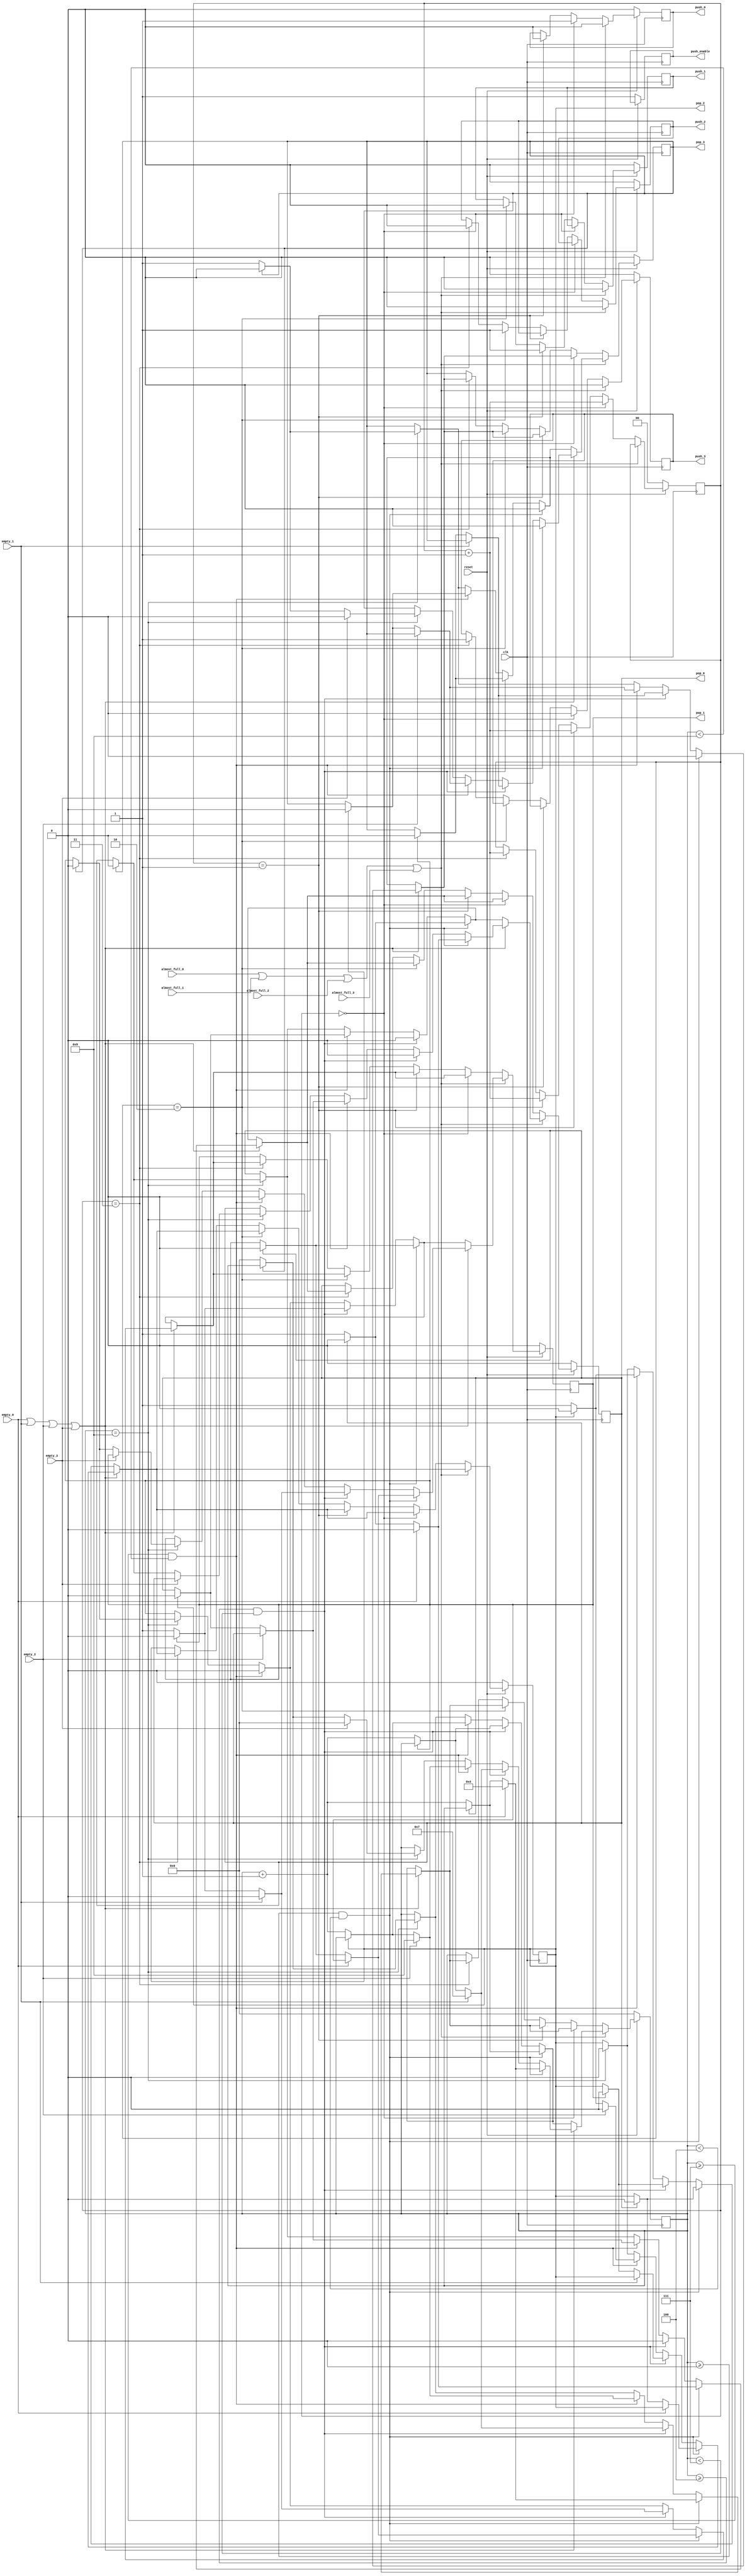



module referee_1 (
    output reg push_0, push_1, push_2, push_3,
    output reg pop_0, pop_1, pop_2, pop_3,
    output reg push_enable,
    //output reg [11:0] data_out,
    //input [11:0] data_in, 
    input almost_full_0, almost_full_1, almost_full_2, almost_full_3,
    input empty_0, empty_1, empty_2, empty_3,
    input clk, reset
);
    //reg [3:0] rr_pop_toggle;
    reg [3:0] wrr_pop_toggle;
    reg [1:0] push_toggle;
    
    always @(posedge clk) begin
        if (~reset) begin
            push_0  <= 0;
            push_1 <= 0;
            push_2 <= 0;
            push_3 <= 0;

            pop_0 <= 0;
            pop_1 <= 0;
            pop_2 <= 0;
            pop_3 <= 0;
            push_enable <= 1;
            //data_out <= 0;
            wrr_pop_toggle <= 0;
            push_toggle <= 0;

        end
        else begin
            if (almost_full_0|almost_full_1|almost_full_2|almost_full_3) begin
                push_0 <= 0;
                push_1 <= 0;
                push_2 <= 0;
                push_3 <= 0;

                // WEIGHTED ROUND ROBIN STARTS FOR FIFOS
                                

                if (empty_0|empty_1|empty_2|empty_3) begin
                    if(wrr_pop_toggle >= 0 && wrr_pop_toggle < 4)begin
                        if (empty_0) begin
                            pop_3 <= 0;
                            pop_0 <= 0;
                            wrr_pop_toggle <= 4;
                        end
                        else if (pop_0 == 1) begin
                            pop_0 <= 0;
                            pop_1 <= 0;
                            pop_2 <= 0;
                            pop_3 <= 0;
                        end
                        else begin
                            pop_3 <= 0;                        
                            pop_0 <= 1;                    
                            wrr_pop_toggle <= wrr_pop_toggle + 1;
                        end
                    end
                    else if(wrr_pop_toggle >= 4  && wrr_pop_toggle < 7)begin
                        if (empty_1) begin
                            pop_0 <= 0;
                            pop_1 <= 0;
                            wrr_pop_toggle <= 7;
                        end
                        else if (pop_1 == 1) begin
                            pop_0 <= 0;
                            pop_1 <= 0;
                            pop_2 <= 0;
                            pop_3 <= 0;
                        end
                        else begin
                            pop_0 <= 0;                        
                            pop_1 <= 1;                    
                            wrr_pop_toggle <= wrr_pop_toggle + 1;
                        end
                    end
                    else if(wrr_pop_toggle >= 7  && wrr_pop_toggle < 9)begin
                        if (empty_2) begin
                            pop_1 <= 0;                            
                            pop_2 <= 0;
                            wrr_pop_toggle <= 9;
                        end
                        else if (pop_2 == 1) begin
                            pop_0 <= 0;
                            pop_1 <= 0;
                            pop_2 <= 0;
                            pop_3 <= 0;
                        end
                        else begin
                            pop_1 <= 0;                        
                            pop_2 <= 1;                    
                            wrr_pop_toggle <= wrr_pop_toggle + 1;
                        end
                    end
                    else if(wrr_pop_toggle == 9)begin
                        if (empty_3) begin
                            pop_2 <= 0;                            
                            pop_3 <= 0;
                            wrr_pop_toggle <= 0;
                        end
                        else if (pop_3 == 1) begin
                            pop_0 <= 0;
                            pop_1 <= 0;
                            pop_2 <= 0;
                            pop_3 <= 0;
                        end
                        else begin
                            pop_2 <= 0;                        
                            pop_3 <= 1;                    
                            wrr_pop_toggle <= 0;
                        end
                    end
                end
                else begin
                    if (wrr_pop_toggle >= 0 && wrr_pop_toggle < 4) begin
                        if (pop_0 == 1) begin
                            pop_0 <= 0;
                            pop_1 <= 0;
                            pop_2 <= 0;
                            pop_3 <= 0;
                        end
                        else begin 
                            pop_3 <= 0;
                            pop_0 <= 1;
                            wrr_pop_toggle <= wrr_pop_toggle + 1;
                        end
                    end
                    else if (wrr_pop_toggle >= 4  && wrr_pop_toggle < 7) begin
                        if (pop_1 == 1) begin
                            pop_0 <= 0;
                            pop_1 <= 0;
                            pop_2 <= 0;
                            pop_3 <= 0;

                        end
                        else begin 
                            pop_0 <= 0;
                            pop_1 <= 1;
                            wrr_pop_toggle <= wrr_pop_toggle + 1;
                        end                   
                    end
                    else if (wrr_pop_toggle >= 7  && wrr_pop_toggle < 9) begin
                        if (pop_2 == 1) begin
                            pop_0 <= 0;
                            pop_1 <= 0;
                            pop_2 <= 0;
                            pop_3 <= 0;
                        end
                        else begin 
                            pop_1 <= 0;
                            pop_2 <= 1;
                            wrr_pop_toggle <= wrr_pop_toggle + 1;
                        end                   
                    end
                    else if (wrr_pop_toggle == 9) begin
                        if (pop_3 == 1) begin
                            pop_0 <= 0;
                            pop_1 <= 0;
                            pop_2 <= 0;
                            pop_3 <= 0;
                        end
                        else begin 
                            pop_2 <= 0;
                            pop_3 <= 1;
                            wrr_pop_toggle <= 0;
                        end
                    end
                end
            end

            // ROUND ROBIN STARTS FOR FIFOS

            else begin
                if (push_toggle == 0) begin
                    push_3 <= 0;
                    push_0 <= 1;
                    push_toggle <= push_toggle + 1;
                    if (empty_0|empty_1|empty_2|empty_3) begin
                        if(wrr_pop_toggle >= 0 && wrr_pop_toggle < 4)begin
                            if (empty_0) begin
                                pop_3 <= 0;
                                pop_0 <= 0;
                                wrr_pop_toggle <= 4;
                            end
                            else if (pop_0 == 1) begin
                                pop_0 <= 0;
                                pop_1 <= 0;
                                pop_2 <= 0;
                                pop_3 <= 0;
                            end
                            else begin
                                pop_3 <= 0;                        
                                pop_0 <= 1;                    
                                wrr_pop_toggle <= wrr_pop_toggle + 1;
                            end
                        end
                        else if(wrr_pop_toggle >= 4  && wrr_pop_toggle < 7)begin
                            if (empty_1) begin
                                pop_0 <= 0;
                                pop_1 <= 0;
                                wrr_pop_toggle <= 7;
                            end
                            else if (pop_1 == 1) begin
                                pop_0 <= 0;
                                pop_1 <= 0;
                                pop_2 <= 0;
                                pop_3 <= 0;
                            end
                            else begin
                                pop_0 <= 0;                        
                                pop_1 <= 1;                    
                                wrr_pop_toggle <= wrr_pop_toggle + 1;
                            end
                        end
                        else if(wrr_pop_toggle >= 7  && wrr_pop_toggle < 9)begin
                            if (empty_2) begin
                                pop_1 <= 0;                            
                                pop_2 <= 0;
                                wrr_pop_toggle <= 9;
                            end
                            else if (pop_2 == 1) begin
                                pop_0 <= 0;
                                pop_1 <= 0;
                                pop_2 <= 0;
                                pop_3 <= 0;
                            end
                            else begin
                                pop_1 <= 0;                        
                                pop_2 <= 1;                    
                                wrr_pop_toggle <= wrr_pop_toggle + 1;
                            end
                        end
                        else if (wrr_pop_toggle >= 7  && wrr_pop_toggle < 9) begin
                            if (pop_2 == 1) begin
                                pop_0 <= 0;
                                pop_1 <= 0;
                                pop_2 <= 0;
                                pop_3 <= 0;
                            end
                            else begin 
                                pop_1 <= 0;
                                pop_2 <= 1;
                                wrr_pop_toggle <= wrr_pop_toggle + 1;
                            end                   
                        end
                        else if (wrr_pop_toggle == 9) begin
                            if (pop_3 == 1) begin
                                pop_0 <= 0;
                                pop_1 <= 0;
                                pop_2 <= 0;
                                pop_3 <= 0;
                            end
                            else begin 
                                pop_2 <= 0;
                                pop_3 <= 1;
                                wrr_pop_toggle <= 0;
                            end
                        end
                    end
                    else begin
                        if (wrr_pop_toggle >= 0 && wrr_pop_toggle < 4) begin
                            if (pop_0 == 1) begin
                                pop_0 <= 0;
                                pop_1 <= 0;
                                pop_2 <= 0;
                                pop_3 <= 0;
                            end
                            else begin 
                                pop_3 <= 0;
                                pop_0 <= 1;
                                wrr_pop_toggle <= wrr_pop_toggle + 1;
                            end
                        end
                        else if (wrr_pop_toggle >= 4  && wrr_pop_toggle < 7) begin
                            if (pop_1 == 1) begin
                                pop_0 <= 0;
                                pop_1 <= 0;
                                pop_2 <= 0;
                                pop_3 <= 0;

                            end
                            else begin 
                                pop_0 <= 0;
                                pop_1 <= 1;
                                wrr_pop_toggle <= wrr_pop_toggle + 1;
                            end                   
                        end
                        else if (wrr_pop_toggle >= 7  && wrr_pop_toggle < 9) begin
                            if (pop_2 == 1) begin
                                pop_0 <= 0;
                                pop_1 <= 0;
                                pop_2 <= 0;
                                pop_3 <= 0;
                            end
                            else begin 
                                pop_1 <= 0;
                                pop_2 <= 1;
                                wrr_pop_toggle <= wrr_pop_toggle + 1;
                            end                   
                        end
                        else if (wrr_pop_toggle == 9) begin
                            if (pop_3 == 1) begin
                                pop_0 <= 0;
                                pop_1 <= 0;
                                pop_2 <= 0;
                                pop_3 <= 0;
                            end
                            else begin 
                                pop_2 <= 0;
                                pop_3 <= 1;
                                wrr_pop_toggle <= 0;
                            end
                        end
                    end
                end
                else if (push_toggle == 1) begin
                    push_0 <= 0;
                    push_1 <= 1;
                    push_toggle <= push_toggle + 1;
                    if (empty_0|empty_1|empty_2|empty_3) begin
                        if(wrr_pop_toggle >= 0 && wrr_pop_toggle < 4)begin
                            if (empty_0) begin
                                pop_3 <= 0;
                                pop_0 <= 0;
                                wrr_pop_toggle <= 4;
                            end
                            else if (pop_0 == 1) begin
                                pop_0 <= 0;
                                pop_1 <= 0;
                                pop_2 <= 0;
                                pop_3 <= 0;
                            end
                            else begin
                                pop_3 <= 0;                        
                                pop_0 <= 1;                    
                                wrr_pop_toggle <= wrr_pop_toggle + 1;
                            end
                        end
                        else if(wrr_pop_toggle >= 4  && wrr_pop_toggle < 7)begin
                            if (empty_1) begin
                                pop_0 <= 0;
                                pop_1 <= 0;
                                wrr_pop_toggle <= 7;
                            end
                            else if (pop_1 == 1) begin
                                pop_0 <= 0;
                                pop_1 <= 0;
                                pop_2 <= 0;
                                pop_3 <= 0;
                            end
                            else begin
                                pop_0 <= 0;                        
                                pop_1 <= 1;                    
                                wrr_pop_toggle <= wrr_pop_toggle + 1;
                            end
                        end
                        else if(wrr_pop_toggle >= 7  && wrr_pop_toggle < 9)begin
                            if (empty_2) begin
                                pop_1 <= 0;                            
                                pop_2 <= 0;
                                wrr_pop_toggle <= 9;
                            end
                            else if (pop_2 == 1) begin
                                pop_0 <= 0;
                                pop_1 <= 0;
                                pop_2 <= 0;
                                pop_3 <= 0;
                            end
                            else begin
                                pop_1 <= 0;                        
                                pop_2 <= 1;                    
                                wrr_pop_toggle <= wrr_pop_toggle + 1;
                            end
                        end
                        else if (wrr_pop_toggle >= 7  && wrr_pop_toggle < 9) begin
                            if (pop_2 == 1) begin
                                pop_0 <= 0;
                                pop_1 <= 0;
                                pop_2 <= 0;
                                pop_3 <= 0;
                            end
                            else begin 
                                pop_1 <= 0;
                                pop_2 <= 1;
                                wrr_pop_toggle <= wrr_pop_toggle + 1;
                            end                   
                        end
                        else if (wrr_pop_toggle == 9) begin
                            if (pop_3 == 1) begin
                                pop_0 <= 0;
                                pop_1 <= 0;
                                pop_2 <= 0;
                                pop_3 <= 0;
                            end
                            else begin 
                                pop_2 <= 0;
                                pop_3 <= 1;
                                wrr_pop_toggle <= 0;
                            end
                        end
                    end
                    else begin
                        if (wrr_pop_toggle >= 0 && wrr_pop_toggle < 4) begin
                            if (pop_0 == 1) begin
                                pop_0 <= 0;
                                pop_1 <= 0;
                                pop_2 <= 0;
                                pop_3 <= 0;
                            end
                            else begin 
                                pop_3 <= 0;
                                pop_0 <= 1;
                                wrr_pop_toggle <= wrr_pop_toggle + 1;
                            end
                        end
                        else if (wrr_pop_toggle >= 4  && wrr_pop_toggle < 7) begin
                            if (pop_1 == 1) begin
                                pop_0 <= 0;
                                pop_1 <= 0;
                                pop_2 <= 0;
                                pop_3 <= 0;

                            end
                            else begin 
                                pop_0 <= 0;
                                pop_1 <= 1;
                                wrr_pop_toggle <= wrr_pop_toggle + 1;
                            end                   
                        end
                        else if (wrr_pop_toggle >= 7  && wrr_pop_toggle < 9) begin
                            if (pop_2 == 1) begin
                                pop_0 <= 0;
                                pop_1 <= 0;
                                pop_2 <= 0;
                                pop_3 <= 0;
                            end
                            else begin 
                                pop_1 <= 0;
                                pop_2 <= 1;
                                wrr_pop_toggle <= wrr_pop_toggle + 1;
                            end                   
                        end
                        else if (wrr_pop_toggle == 9) begin
                            if (pop_3 == 1) begin
                                pop_0 <= 0;
                                pop_1 <= 0;
                                pop_2 <= 0;
                                pop_3 <= 0;
                            end
                            else begin 
                                pop_2 <= 0;
                                pop_3 <= 1;
                                wrr_pop_toggle <= 0;
                            end
                        end
                    end                    
                end
                else if (push_toggle == 2) begin
                    push_1 <= 0;
                    push_2 <= 1;
                    push_toggle <= push_toggle + 1;
                    if (empty_0|empty_1|empty_2|empty_3) begin
                        if(wrr_pop_toggle >= 0 && wrr_pop_toggle < 4)begin
                            if (empty_0) begin
                                pop_3 <= 0;
                                pop_0 <= 0;
                                wrr_pop_toggle <= 4;
                            end
                            else if (pop_0 == 1) begin
                                pop_0 <= 0;
                                pop_1 <= 0;
                                pop_2 <= 0;
                                pop_3 <= 0;
                            end
                            else begin
                                pop_3 <= 0;                        
                                pop_0 <= 1;                    
                                wrr_pop_toggle <= wrr_pop_toggle + 1;
                            end
                        end
                        else if(wrr_pop_toggle >= 4  && wrr_pop_toggle < 7)begin
                            if (empty_1) begin
                                pop_0 <= 0;
                                pop_1 <= 0;
                                wrr_pop_toggle <= 7;
                            end
                            else if (pop_1 == 1) begin
                                pop_0 <= 0;
                                pop_1 <= 0;
                                pop_2 <= 0;
                                pop_3 <= 0;
                            end
                            else begin
                                pop_0 <= 0;                        
                                pop_1 <= 1;                    
                                wrr_pop_toggle <= wrr_pop_toggle + 1;
                            end
                        end
                        else if(wrr_pop_toggle >= 7  && wrr_pop_toggle < 9)begin
                            if (empty_2) begin
                                pop_1 <= 0;                            
                                pop_2 <= 0;
                                wrr_pop_toggle <= 9;
                            end
                            else if (pop_2 == 1) begin
                                pop_0 <= 0;
                                pop_1 <= 0;
                                pop_2 <= 0;
                                pop_3 <= 0;
                            end
                            else begin
                                pop_1 <= 0;                        
                                pop_2 <= 1;                    
                                wrr_pop_toggle <= wrr_pop_toggle + 1;
                            end
                        end
                        else if (wrr_pop_toggle >= 7  && wrr_pop_toggle < 9) begin
                            if (pop_2 == 1) begin
                                pop_0 <= 0;
                                pop_1 <= 0;
                                pop_2 <= 0;
                                pop_3 <= 0;
                            end
                            else begin 
                                pop_1 <= 0;
                                pop_2 <= 1;
                                wrr_pop_toggle <= wrr_pop_toggle + 1;
                            end                   
                        end
                        else if (wrr_pop_toggle == 9) begin
                            if (pop_3 == 1) begin
                                pop_0 <= 0;
                                pop_1 <= 0;
                                pop_2 <= 0;
                                pop_3 <= 0;
                            end
                            else begin 
                                pop_2 <= 0;
                                pop_3 <= 1;
                                wrr_pop_toggle <= 0;
                            end
                        end
                    end
                    else begin
                        if (wrr_pop_toggle >= 0 && wrr_pop_toggle < 4) begin
                            if (pop_0 == 1) begin
                                pop_0 <= 0;
                                pop_1 <= 0;
                                pop_2 <= 0;
                                pop_3 <= 0;
                            end
                            else begin 
                                pop_3 <= 0;
                                pop_0 <= 1;
                                wrr_pop_toggle <= wrr_pop_toggle + 1;
                            end
                        end
                        else if (wrr_pop_toggle >= 4  && wrr_pop_toggle < 7) begin
                            if (pop_1 == 1) begin
                                pop_0 <= 0;
                                pop_1 <= 0;
                                pop_2 <= 0;
                                pop_3 <= 0;

                            end
                            else begin 
                                pop_0 <= 0;
                                pop_1 <= 1;
                                wrr_pop_toggle <= wrr_pop_toggle + 1;
                            end                   
                        end
                        else if (wrr_pop_toggle >= 7  && wrr_pop_toggle < 9) begin
                            if (pop_2 == 1) begin
                                pop_0 <= 0;
                                pop_1 <= 0;
                                pop_2 <= 0;
                                pop_3 <= 0;
                            end
                            else begin 
                                pop_1 <= 0;
                                pop_2 <= 1;
                                wrr_pop_toggle <= wrr_pop_toggle + 1;
                            end                   
                        end
                        else if (wrr_pop_toggle == 9) begin
                            if (pop_3 == 1) begin
                                pop_0 <= 0;
                                pop_1 <= 0;
                                pop_2 <= 0;
                                pop_3 <= 0;
                            end
                            else begin 
                                pop_2 <= 0;
                                pop_3 <= 1;
                                wrr_pop_toggle <= 0;
                            end
                        end
                    end                    
                end
                else if (push_toggle == 3) begin
                    push_2 <= 0;
                    push_3 <= 1;
                    push_toggle <= push_toggle + 1;
                    if (empty_0|empty_1|empty_2|empty_3) begin
                        if(wrr_pop_toggle >= 0 && wrr_pop_toggle < 4)begin
                            if (empty_0) begin
                                pop_3 <= 0;
                                pop_0 <= 0;
                                wrr_pop_toggle <= 4;
                            end
                            else if (pop_0 == 1) begin
                                pop_0 <= 0;
                                pop_1 <= 0;
                                pop_2 <= 0;
                                pop_3 <= 0;
                            end
                            else begin
                                pop_3 <= 0;                        
                                pop_0 <= 1;                    
                                wrr_pop_toggle <= wrr_pop_toggle + 1;
                            end
                        end
                        else if(wrr_pop_toggle >= 4  && wrr_pop_toggle < 7)begin
                            if (empty_1) begin
                                pop_0 <= 0;
                                pop_1 <= 0;
                                wrr_pop_toggle <= 7;
                            end
                            else if (pop_1 == 1) begin
                                pop_0 <= 0;
                                pop_1 <= 0;
                                pop_2 <= 0;
                                pop_3 <= 0;
                            end
                            else begin
                                pop_0 <= 0;                        
                                pop_1 <= 1;                    
                                wrr_pop_toggle <= wrr_pop_toggle + 1;
                            end
                        end
                        else if(wrr_pop_toggle >= 7  && wrr_pop_toggle < 9)begin
                            if (empty_2) begin
                                pop_1 <= 0;                            
                                pop_2 <= 0;
                                wrr_pop_toggle <= 9;
                            end
                            else if (pop_2 == 1) begin
                                pop_0 <= 0;
                                pop_1 <= 0;
                                pop_2 <= 0;
                                pop_3 <= 0;
                            end
                            else begin
                                pop_1 <= 0;                        
                                pop_2 <= 1;                    
                                wrr_pop_toggle <= wrr_pop_toggle + 1;
                            end
                        end
                        else if (wrr_pop_toggle >= 7  && wrr_pop_toggle < 9) begin
                            if (pop_2 == 1) begin
                                pop_0 <= 0;
                                pop_1 <= 0;
                                pop_2 <= 0;
                                pop_3 <= 0;
                            end
                            else begin 
                                pop_1 <= 0;
                                pop_2 <= 1;
                                wrr_pop_toggle <= wrr_pop_toggle + 1;
                            end                   
                        end
                        else if (wrr_pop_toggle == 9) begin
                            if (pop_3 == 1) begin
                                pop_0 <= 0;
                                pop_1 <= 0;
                                pop_2 <= 0;
                                pop_3 <= 0;
                            end
                            else begin 
                                pop_2 <= 0;
                                pop_3 <= 1;
                                wrr_pop_toggle <= 0;
                            end
                        end
                    end
                    else begin
                        if (wrr_pop_toggle >= 0 && wrr_pop_toggle < 4) begin
                            if (pop_0 == 1) begin
                                pop_0 <= 0;
                                pop_1 <= 0;
                                pop_2 <= 0;
                                pop_3 <= 0;
                            end
                            else begin 
                                pop_3 <= 0;
                                pop_0 <= 1;
                                wrr_pop_toggle <= wrr_pop_toggle + 1;
                            end
                        end
                        else if (wrr_pop_toggle >= 4  && wrr_pop_toggle < 7) begin
                            if (pop_1 == 1) begin
                                pop_0 <= 0;
                                pop_1 <= 0;
                                pop_2 <= 0;
                                pop_3 <= 0;

                            end
                            else begin 
                                pop_0 <= 0;
                                pop_1 <= 1;
                                wrr_pop_toggle <= wrr_pop_toggle + 1;
                            end                   
                        end
                        else if (wrr_pop_toggle >= 7  && wrr_pop_toggle < 9) begin
                            if (pop_2 == 1) begin
                                pop_0 <= 0;
                                pop_1 <= 0;
                                pop_2 <= 0;
                                pop_3 <= 0;
                            end
                            else begin 
                                pop_1 <= 0;
                                pop_2 <= 1;
                                wrr_pop_toggle <= wrr_pop_toggle + 1;
                            end                   
                        end
                        else if (wrr_pop_toggle == 9) begin
                            if (pop_3 == 1) begin
                                pop_0 <= 0;
                                pop_1 <= 0;
                                pop_2 <= 0;
                                pop_3 <= 0;
                            end
                            else begin 
                                pop_2 <= 0;
                                pop_3 <= 1;
                                wrr_pop_toggle <= 0;
                            end
                        end
                    end                    
                end
            end
        end
    end
endmodule